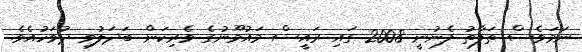
ނަމަވެސް ތަފާތު ފެނުނީ 2008 ގައި ރައީސް މައުމޫނުގެ ވެރިކަން ބަދަލުވި ދުވަހުއެވެ.